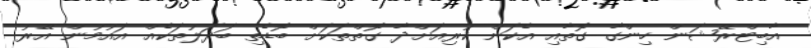
އާބިޓްރޭޝަން ހިންގާ ގޮތާއި އެކަން ކުރިއަށްދާ ގޮތްތަކަށް ބޮޑެތި ބަދަލުތަކެއް އައުމުން އޭރު